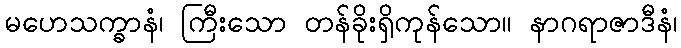
မဟေသက္ခာနံ၊ ကြီးသော တန်ခိုးရှိကုန်သော။ နာဂရာဇာဒီနံ၊